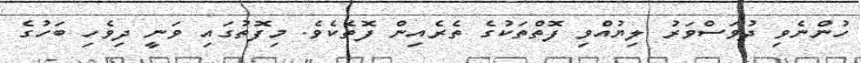
ހުންނެވި ދުވަސްވަރު ލިޔުއްވި ފޮތްތަކުގެ ތެރެއިން ފޮތެކެވެ. މިފޮތުގައި ވަނީ ދިވެހި ބަހުގެ